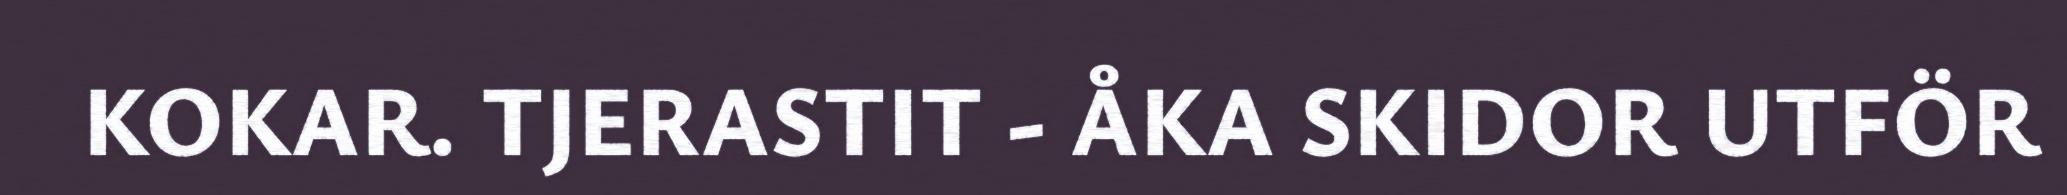
KOKAR. TJERASTIT - ÅKA SKIDOR UTFÖR